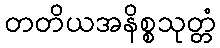
တတိယအနိစ္စသုတ္တံ